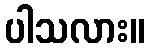
ပါသလား။